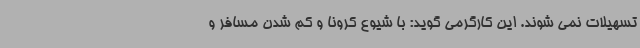
تسهیلات نمی شوند. این کارگرمی گوید: با شیوع کرونا و کم شدن مسافر و